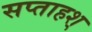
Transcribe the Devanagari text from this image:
सप्ताहश्